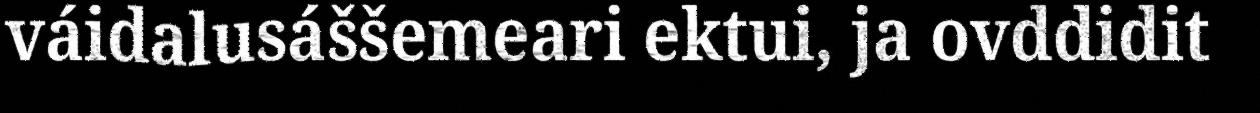
váidalusáššemeari ektui, ja ovddidit